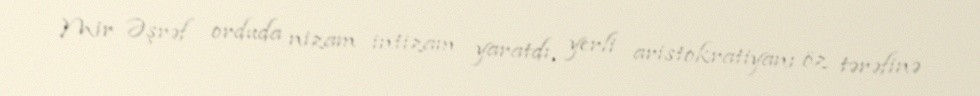
Mir Əşrəf orduda nizam intizam yaratdı, yerli aristokratiyanı öz tərəfinə